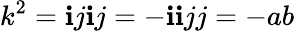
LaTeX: k^{2}=\mathbf{i}j\mathbf{i}j=-\mathbf{i}\mathbf{i}jj=-ab